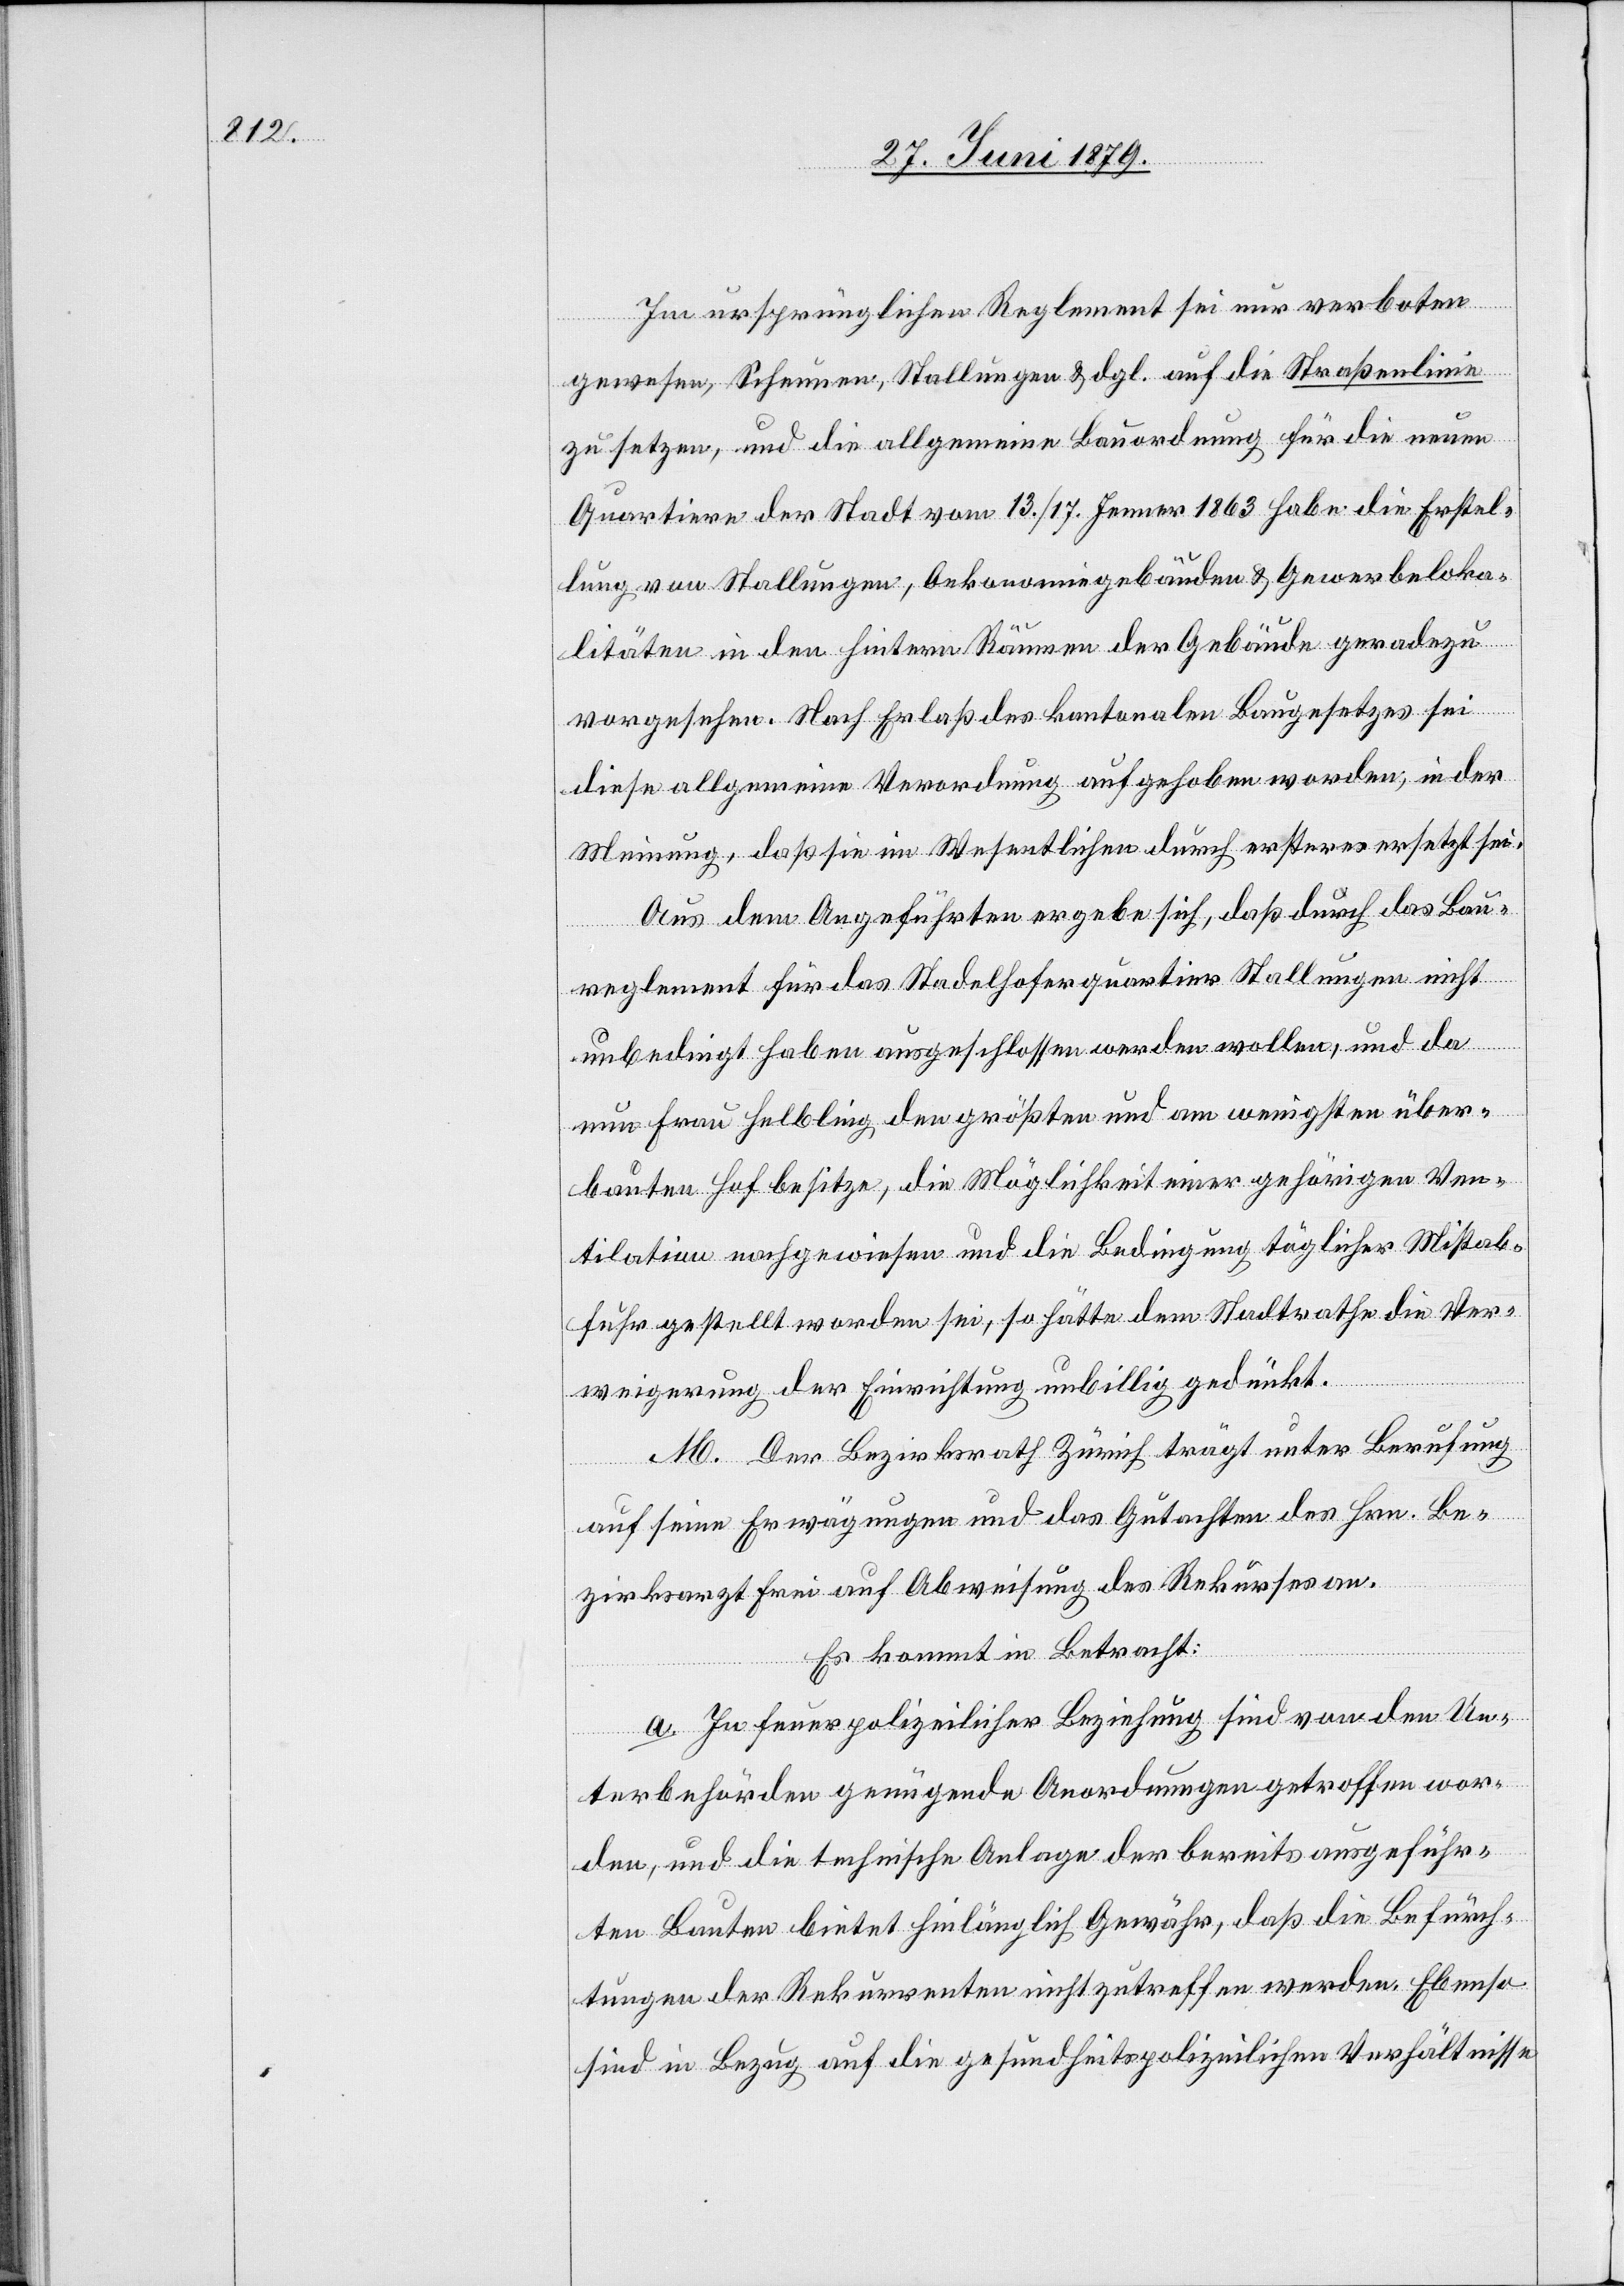
Im ursprünglichen Reglement sei nur verboten
gewesen, Scheunen, Stallungen & dgl. auf die Straßenlinie
zu setzen, und die allgemeine Bauordnung für die neuen
Quartiere der Stadt vom 13./17. Jenner 1863 habe die Erstel¬
lung von Stallungen, Oekonomiegebäuden & Gewerbeloka¬
litäten in den hintern Räumen der Gebäude geradezu
vorgesehen. Nach Erlaß des kantonalen Baugesetzes sei
diese allgemeine Verordnung aufgehoben worden, in der
Meinung, daß sie im Wesentlichen durch ersteres ersetzt sei.
Aus dem Angeführten ergebe sich, daß durch das Bau¬
reglement für das Stadelhoferquartier Stallungen nicht
unbedingt haben ausgeschlossen werden wollen, und da
nun Frau Helbling den größten und am wenigsten über¬
bauten Hof besitze, die Möglichkeit einer gehörigen Ven¬
tilation nachgewiesen und die Bedingung täglicher Mistab¬
fuhr gestellt worden sei, so hätte dem Stadtrathe die Ver¬
weigerung der Einrichtung unbillig gedünkt.
M. Der Bezirksrath Zürich trägt unter Berufung
auf seine Erwägungen und das Gutachten des Hrn. Be¬
zirksarzt Frei auf Abweisung des Rekurses an.
Es kommt in Betracht:
a. In feuerpolizeilicher Beziehung sind von den Un¬
terbehörden genügende Anordnungen getroffen wor¬
den, und die technische Anlage der bereits ausgeführ¬
ten Bauten bietet hinlänglich Gewähr, daß die Befürch¬
tungen der Rekurrenten nicht zutreffen werden. Ebenso
sind in Bezug auf die gesundheitspolizeilichen Verhältnisse